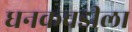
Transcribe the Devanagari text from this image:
धनकवडीला